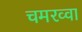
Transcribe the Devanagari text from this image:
चमरव्‍वा